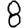
Digit: 8